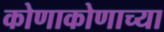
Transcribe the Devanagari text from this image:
कोणाकोणाच्या